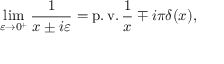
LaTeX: \operatorname* { l i m } _ { \varepsilon \to 0 ^ { + } } { \frac { 1 } { x \pm i \varepsilon } } = \operatorname { p . v . } { \frac { 1 } { x } } \mp i \pi \delta ( x ) ,